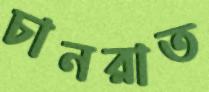
চানরাত